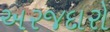
અરજદારો